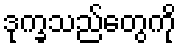
ဒုက္ခသည်တွေကို